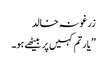
زرغونہ خالد
”یارتم کہیں پر بیٹھے ہو۔